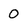
Character: 0